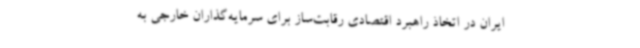
ایران در اتخاذ راهبرد اقتصادی رقابت‌ساز برای سرمایه‌گذاران خارجی به